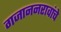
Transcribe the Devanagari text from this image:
गजाननरावांचे